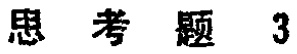
思考题 3